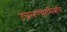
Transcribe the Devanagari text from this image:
उचलण्याशिवाय